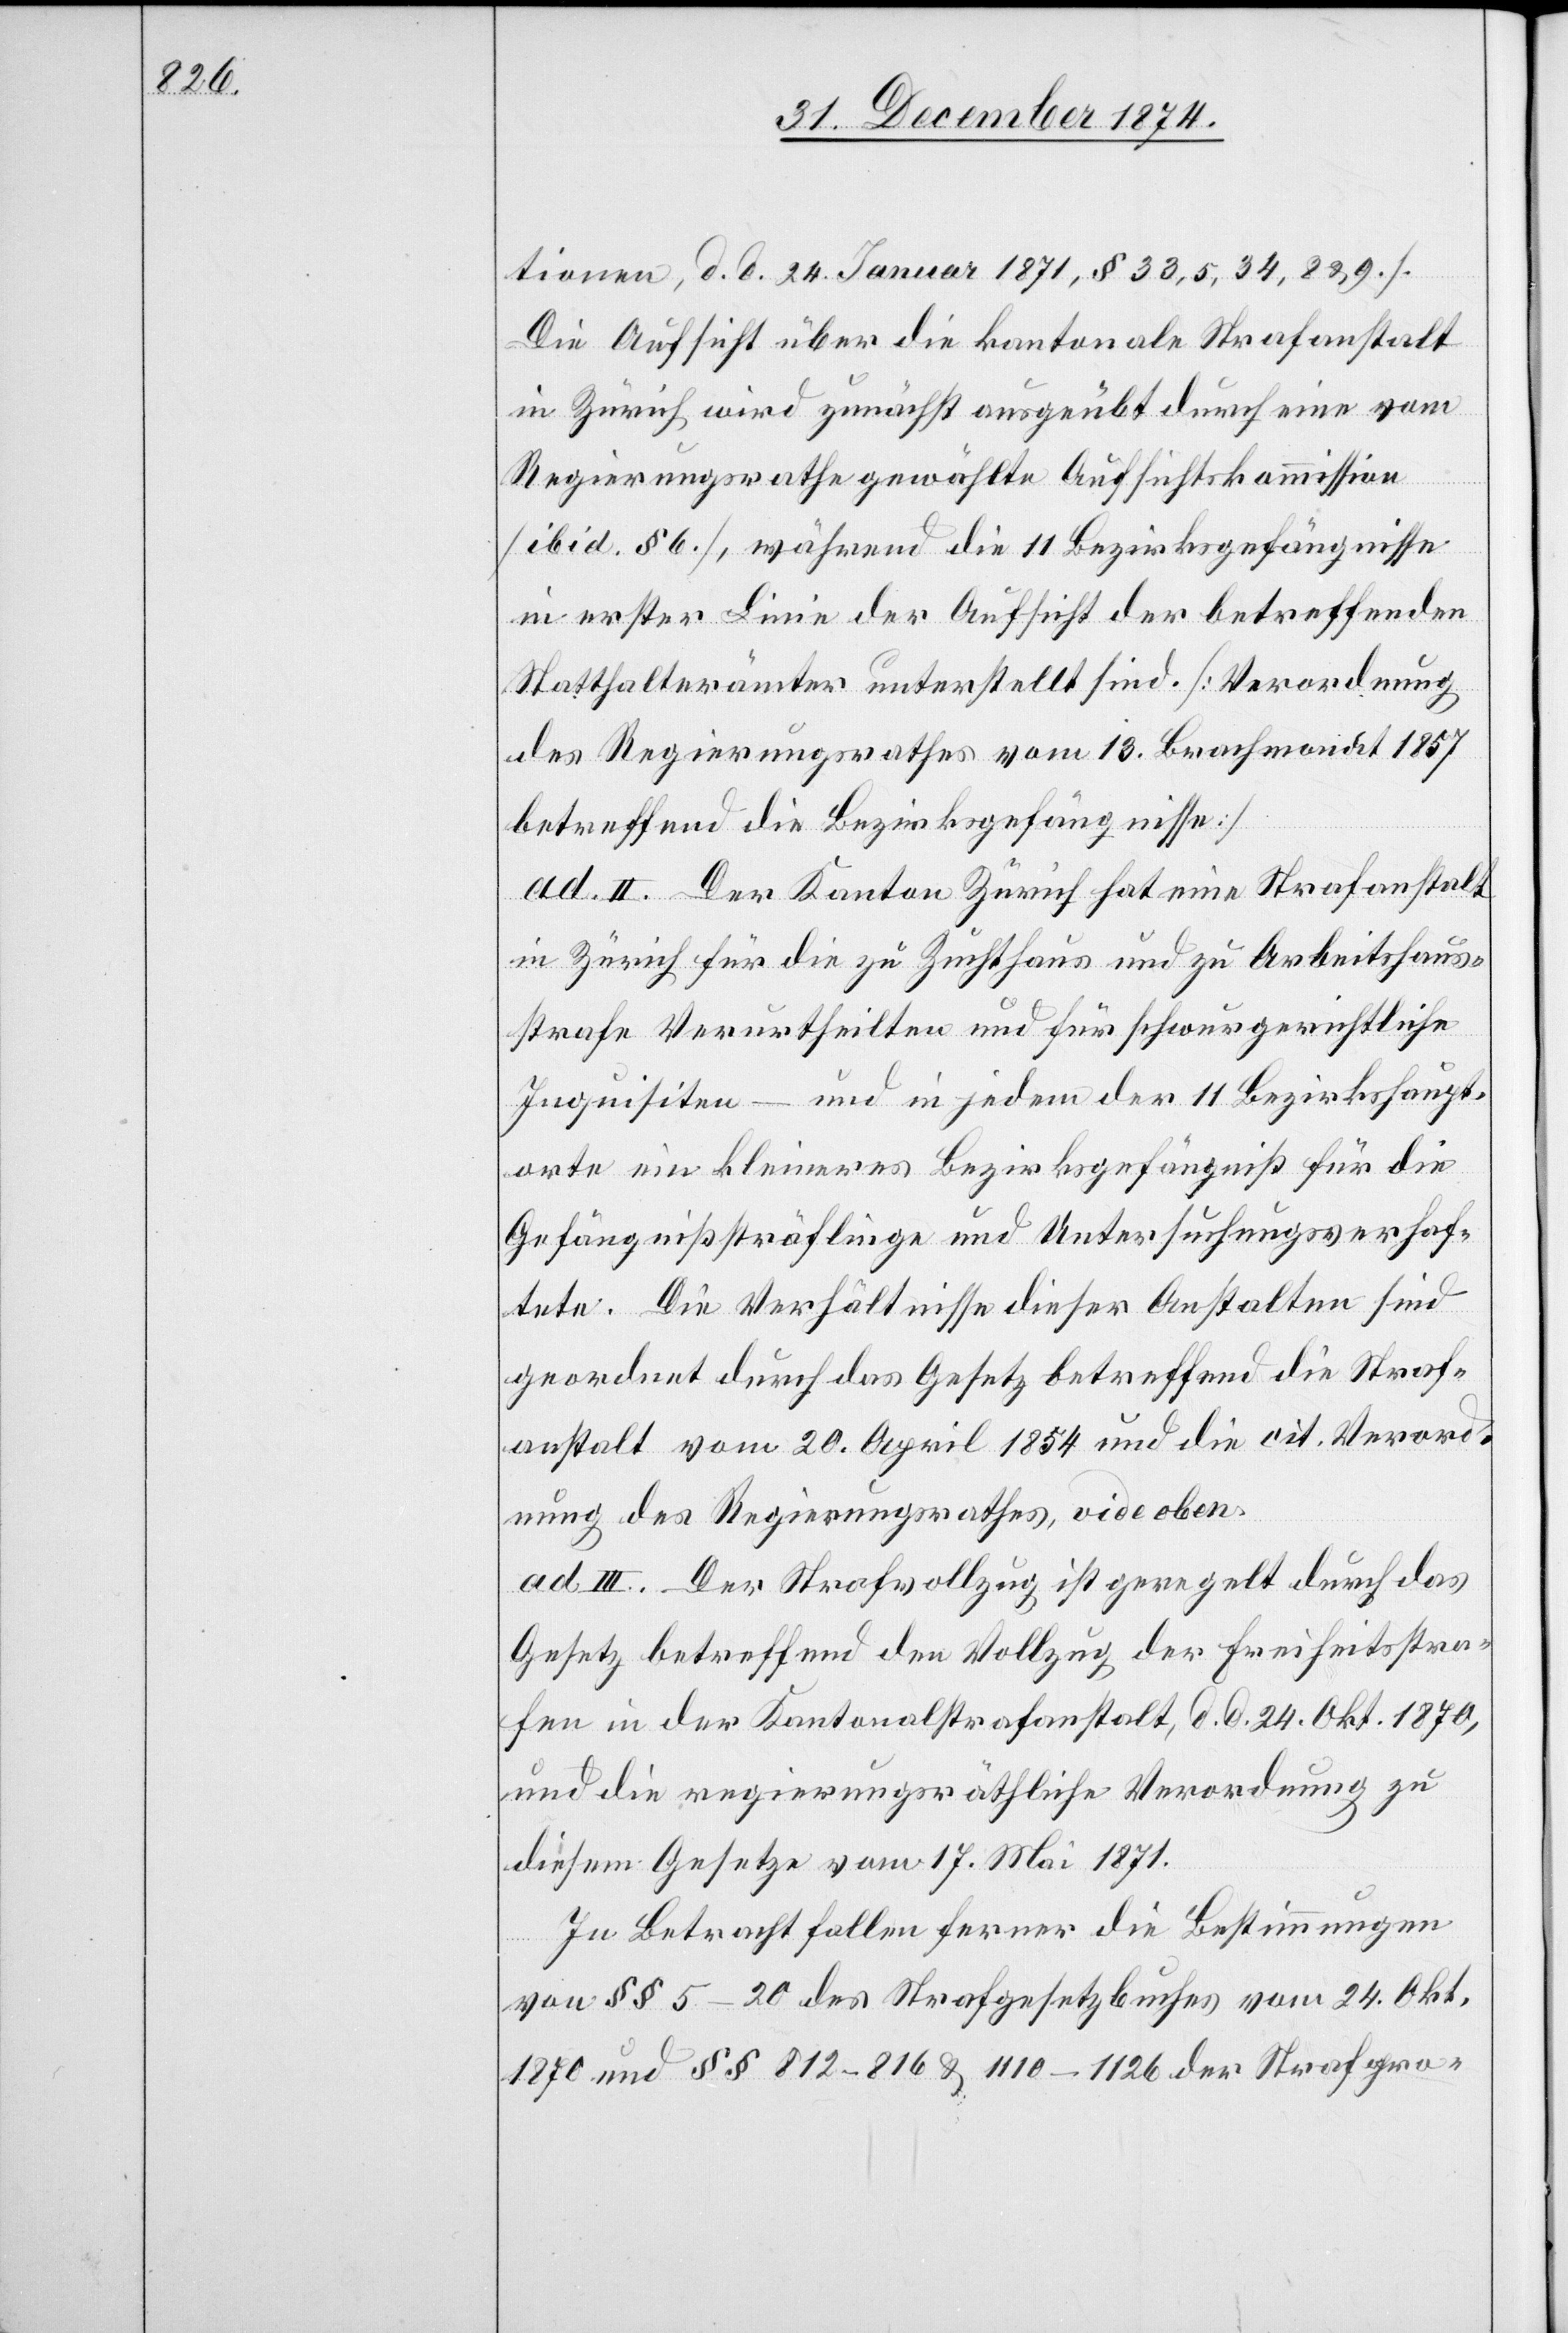
tionen, d. d. 24. Januar 1871, § 33, 5, 34, 8 & 9.]
Die Aufsicht über die kantonale Strafanstalt
in Zürich wird zunächst ausgeübt durch eine vom
Regierungsrathe gewählte Aufsichtskommission
[ibid. § 6.], während die 11 Bezirksgefängnisse
in erster Linie der Aufsicht der betreffenden
Statthalterämter unterstellt sind. [Verordnung
des Regierungsrathes vom 13. Brachmonat 1857
betreffend die Bezirksgefängnisse.]
ad. II. Der Kanton Zürich hat eine Strafanstalt
in Zürich für die zu Zuchthaus und zu Arbeitshaus¬
strafe Verurtheilten und für schwurgerichtliche
Inquisitien – und in jedem der 11 Bezirkshaupt¬
orte ein kleineres Bezirksgefängniß für die
Gefängnißsträflinge und Untersuchungsverhaf¬
tete[n]. Die Verhältnisse dieser Anstalten sind
geordnet durch das Gesetz betreffend die Straf¬
anstalt vom 20. April 1854 und die cit. Verord¬
nung des Regierungsrathes, vide oben.
ad. III. Der Strafvollzug ist geregelt durch das
Gesetz betreffend den Vollzug der Freiheitsstra¬
fen in der Kantonalstrafanstalt, d. d. 24. Okt. 1870,
und die regierungsräthliche Verordnung zu
diesem Gesetze vom 17. Mai 1871.
In Betracht fallen ferner die Bestimmungen
von §§ 5–20 des Strafgesetzbuches vom 24. Okt.
1870 und §§ 812–816 & 1110–1126 der Strafpro-